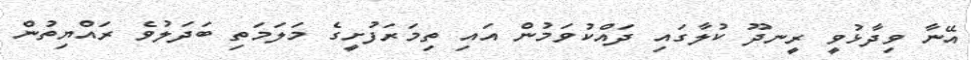
އޭނާ ވިދާޅުވީ ރީނދޫ ކުލާގައި ދައްކުވަމުން އައި ތިމަރަފުށީގެ މަލަމަތި ބަދަލުވެ ރައްޔިތުން